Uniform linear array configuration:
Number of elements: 24
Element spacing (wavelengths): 0.5
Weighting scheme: hamming
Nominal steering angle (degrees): -15
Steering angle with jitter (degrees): -15.116
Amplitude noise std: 0.05
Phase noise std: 0.05

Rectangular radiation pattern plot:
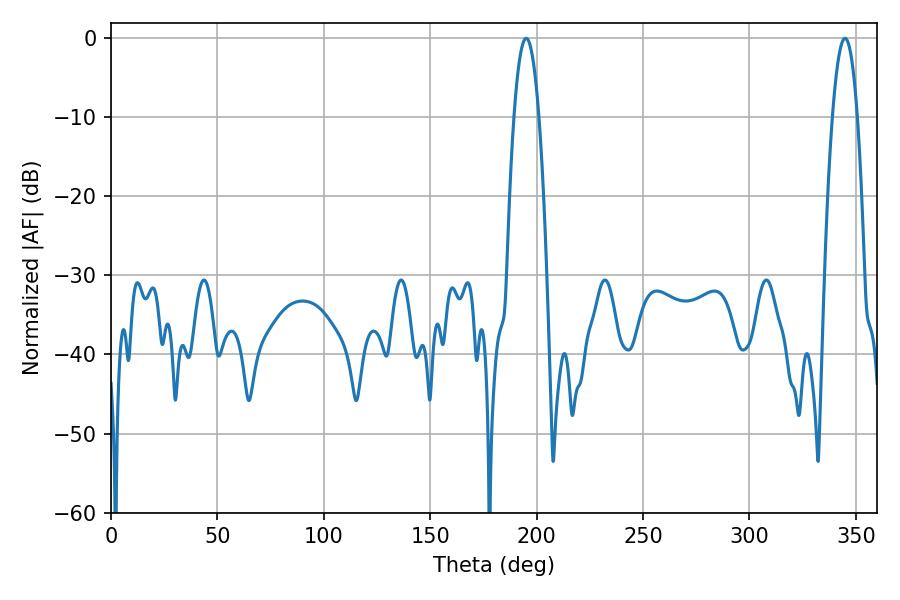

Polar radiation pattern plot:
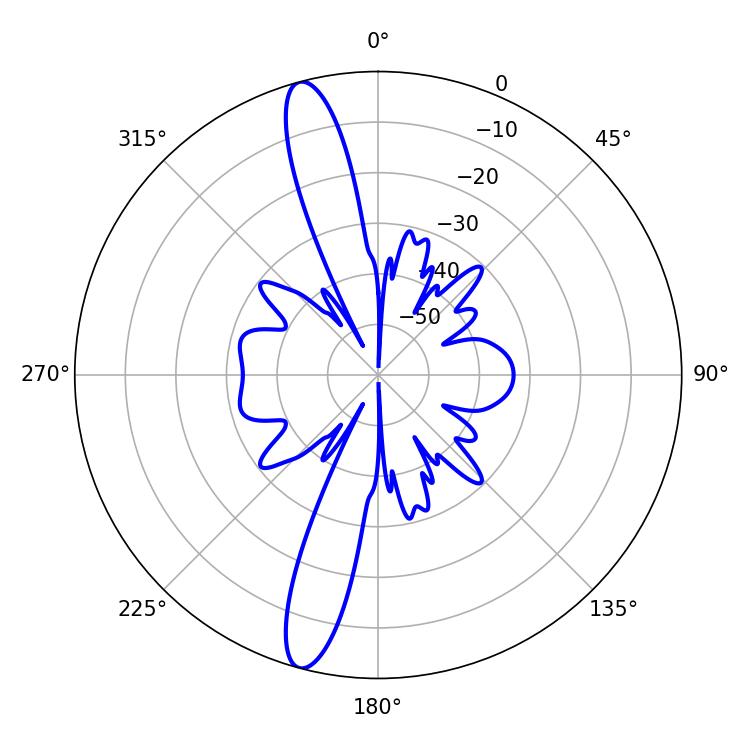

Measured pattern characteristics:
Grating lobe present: FALSE
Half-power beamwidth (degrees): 6.48
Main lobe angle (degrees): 195.12